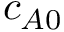
c _ { A 0 }